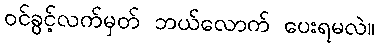
ဝင်ခွင့်လက်မှတ် ဘယ်လောက် ပေးရမလဲ။